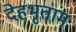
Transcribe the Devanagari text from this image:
देहभृताम